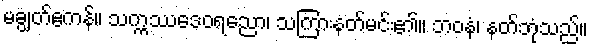
မချွတ်ဧကန်။ သက္ကဿဒေဝရညော၊ သကြားနတ်မင်း၏။ ဘဝနံ၊ နတ်ဘုံသည်။